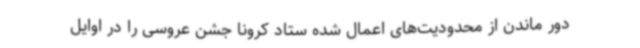
دور ماندن از محدودیت‌های اعمال شده ستاد کرونا جشن عروسی را در اوایل